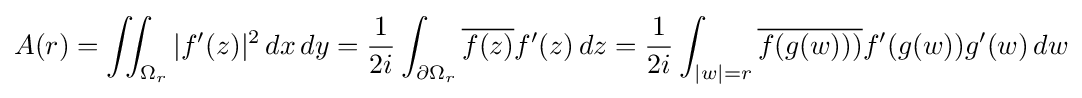
A(r)=\iint _{\Omega _{r}}|f'(z)|^{2}\,dx\,dy={1 \over 2i}\int _{\partial \Omega _{r}}{\overline {f(z)}}f'(z)\,dz={1 \over 2i}\int _{|w|=r}{\overline {f(g(w)))}}f'(g(w))g'(w)\,dw